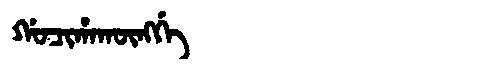
Manchu: ᡤᠣᠴᡳᡥᠠᡴᡡᠩᡤᡝ
Romanization: GOCIHAKŪNGGE